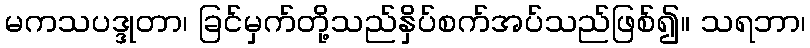
မကသပဒ္ဒုတာ၊ ခြင်မှက်တို့သည်နှိပ်စက်အပ်သည်ဖြစ်၍။ သရဘာ၊